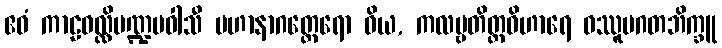
ဧဝံ ကာဠဝလ္လိမဏ္ဍပဝါသီ မဟာနာဂတ္ထေရော ဝိယ, ကလမ္ဗတိတ္ထဝိဟာရေ ဝဿူပဂတဘိက္ခူ